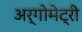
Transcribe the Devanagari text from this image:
अर्गोमेट्री